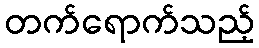
တက်ရောက်သည့်